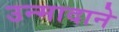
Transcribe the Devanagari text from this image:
उन्मादाने